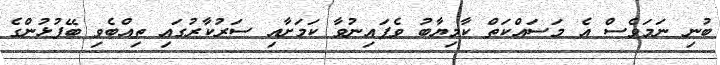
ބުނި ނަމަވެސް އެ މަސައްކަތް ކާމިޔާބު ވެފައިނުވާ ކަމަށާއި ސަރުކާރުގައި ތިއްބެވި ބޭފުޅުންގެ